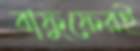
বাফুফেরই